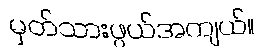
မှတ်သားဖွယ်အကျယ်။